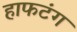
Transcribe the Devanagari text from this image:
हाफटंग